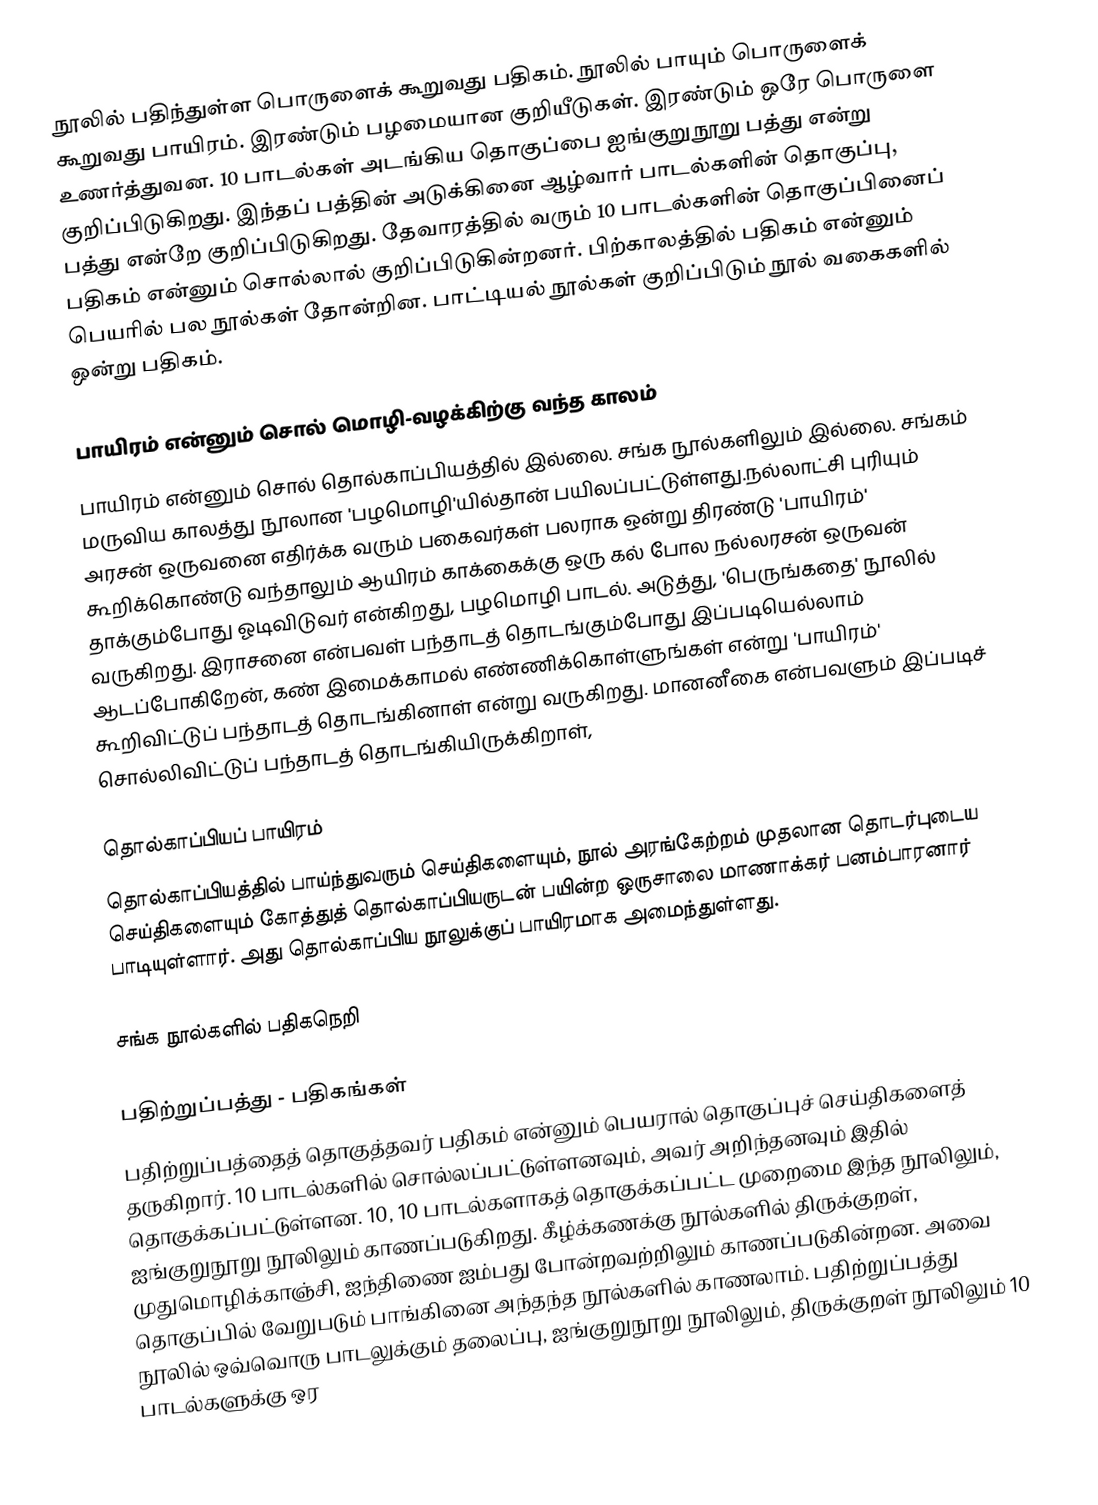
நூலில் பதிந்துள்ள பொருளைக் கூறுவது பதிகம். நூலில் பாயும் பொருளைக் கூறுவது பாயிரம். இரண்டும் பழமையான குறியீடுகள். இரண்டும் ஒரே பொருளை உணர்த்துவன. 10 பாடல்கள் அடங்கிய தொகுப்பை ஐங்குறுநூறு பத்து என்று குறிப்பிடுகிறது.  இந்தப் பத்தின் அடுக்கினை ஆழ்வார் பாடல்களின் தொகுப்பு, பத்து என்றே குறிப்பிடுகிறது.  தேவாரத்தில் வரும் 10 பாடல்களின் தொகுப்பினைப் பதிகம் என்னும் சொல்லால் குறிப்பிடுகின்றனர்.  பிற்காலத்தில் பதிகம் என்னும் பெயரில் பல நூல்கள் தோன்றின.  பாட்டியல் நூல்கள் குறிப்பிடும் நூல் வகைகளில் ஒன்று பதிகம்.

பாயிரம் என்னும் சொல் மொழி-வழக்கிற்கு வந்த காலம்
பாயிரம் என்னும் சொல் தொல்காப்பியத்தில் இல்லை. சங்க நூல்களிலும் இல்லை. சங்கம் மருவிய காலத்து நூலான 'பழமொழி'யில்தான் பயிலப்பட்டுள்ளது.நல்லாட்சி புரியும் அரசன் ஒருவனை எதிர்க்க வரும் பகைவர்கள் பலராக ஒன்று திரண்டு 'பாயிரம்' கூறிக்கொண்டு வந்தாலும் ஆயிரம் காக்கைக்கு ஒரு கல் போல நல்லரசன் ஒருவன் தாக்கும்போது ஓடிவிடுவர் என்கிறது, பழமொழி பாடல்.  அடுத்து, 'பெருங்கதை' நூலில் வருகிறது. இராசனை என்பவள் பந்தாடத் தொடங்கும்போது இப்படியெல்லாம் ஆடப்போகிறேன், கண் இமைக்காமல் எண்ணிக்கொள்ளுங்கள் என்று 'பாயிரம்' கூறிவிட்டுப் பந்தாடத் தொடங்கினாள் என்று வருகிறது. மானனீகை என்பவளும் இப்படிச் சொல்லிவிட்டுப் பந்தாடத் தொடங்கியிருக்கிறாள்,

தொல்காப்பியப் பாயிரம்
தொல்காப்பியத்தில் பாய்ந்துவரும் செய்திகளையும், நூல் அரங்கேற்றம் முதலான தொடர்புடைய செய்திகளையும் கோத்துத் தொல்காப்பியருடன் பயின்ற ஒருசாலை மாணாக்கர் பனம்பாரனார் பாடியுள்ளார். அது தொல்காப்பிய நூலுக்குப் பாயிரமாக அமைந்துள்ளது.

சங்க நூல்களில் பதிகநெறி

பதிற்றுப்பத்து - பதிகங்கள்
பதிற்றுப்பத்தைத் தொகுத்தவர் பதிகம் என்னும் பெயரால் தொகுப்புச் செய்திகளைத் தருகிறார். 10 பாடல்களில் சொல்லப்பட்டுள்ளனவும், அவர் அறிந்தனவும் இதில் தொகுக்கப்பட்டுள்ளன. 10, 10 பாடல்களாகத் தொகுக்கப்பட்ட முறைமை இந்த நூலிலும், ஐங்குறுநூறு நூலிலும் காணப்படுகிறது. கீழ்க்கணக்கு நூல்களில் திருக்குறள், முதுமொழிக்காஞ்சி, ஐந்திணை ஐம்பது போன்றவற்றிலும் காணப்படுகின்றன. அவை தொகுப்பில் வேறுபடும் பாங்கினை அந்தந்த நூல்களில் காணலாம். பதிற்றுப்பத்து நூலில் ஒவ்வொரு பாடலுக்கும் தலைப்பு, ஐங்குறுநூறு நூலிலும், திருக்குறள் நூலிலும் 10 பாடல்களுக்கு ஒர